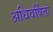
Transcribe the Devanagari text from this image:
अधिवर्षिता